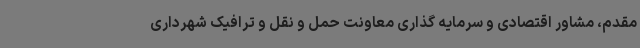
مقدم، مشاور اقتصادی و سرمایه گذاری معاونت حمل و نقل و ترافیک شهرداری